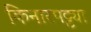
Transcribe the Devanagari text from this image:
किनारपट्ट्या